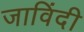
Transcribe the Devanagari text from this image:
जाविंदी